Punjab Mental Hospital Lahore 1922-31 - 1922-1931
Year: 1922
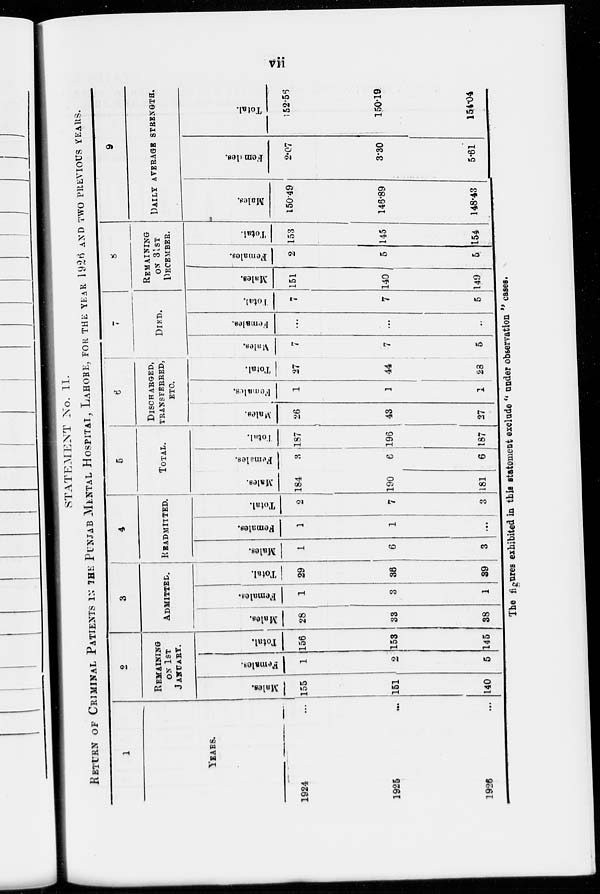
vii
STATEMENT No. II.
RETURN OF CRIMINAL PATIENTS IN THE PUNJAB MENTAL HOSPITAL, LAHORE, FOR THE YEAR 1926 AND TWO PREVIOUS YEARS.
1
YEARS.
1924 ...
1925 ...
1926 ...
2
REMAINING
ON 1ST
JANUARY.
Males.
155
151
140
Females.
1
2
5
Total.
156
153
145
3
ADMITTED.
Males,
28
33
38
Females.
1
3
1
Total.
29
36
39
4
READMITTED.
Males.
1
6
3
Females.
1
1
...
Total.
2
7
3
5
TOTAL.
Males.
184
190
181
Females.
3
6
6
Total.
187
196
187
6
DISCHARGED,
TRANSFERRED,
ETC.
Males.
26
43
27
Females.
1
1
1
Total.
27
44
28
7
DIED.
Males.
7
7
5
Females.
...
...
...
Total.
7
7
5
8
REMAINING
ON 31ST
DECEMBER.
Males.
151
140
149
Females.
2
5
5
Total.
153
145
154
9
DAILY AVERAGE STRENGTH.
Males.
150.49
146.89
148.43
Females.
2.07
3.30
5.61
Total.
152.56
150.19
154.04
The figures exhibited in this statement exclude " under observation " cases.